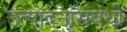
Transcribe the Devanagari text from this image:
उत्पादनासंबंधी